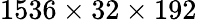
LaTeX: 1536\times 32\times 192